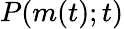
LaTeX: P(m(t);t)